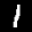
Label: 1